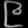
Digit: ၉